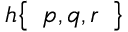
h { \left\{ \begin{array} { l } { p , q , r } \end{array} \right\} }